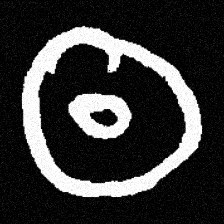
Pyu character \u2014 Myanmar letter: ထ (romanized: tha)